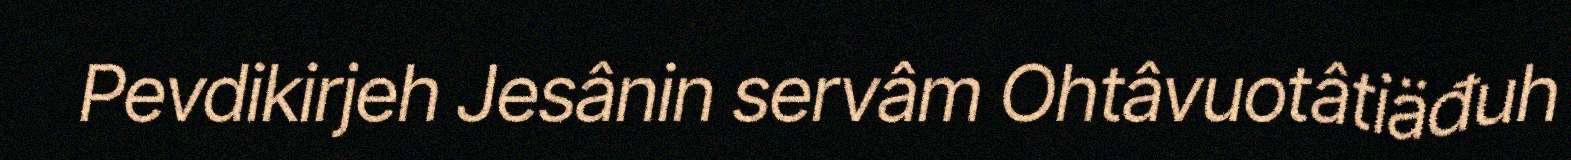
Pevdikirjeh Jesânin servâm Ohtâvuotâtiäđuh